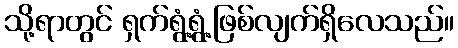
သို့ရာတွင် ရှက်ရွံ့ရွံ့ဖြစ်လျက်ရှိလေသည်။